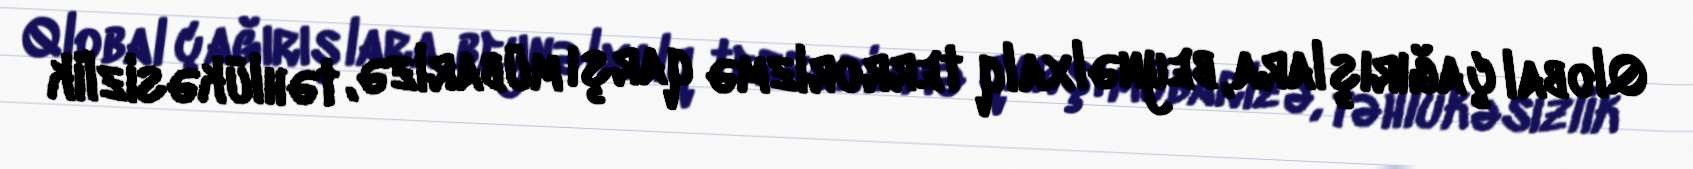
Qlobal çağırışlara, beynəlxalq terrorizmə qarşı mübarizə, təhlükəsizlik